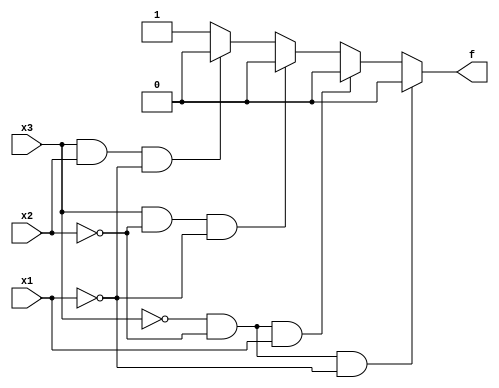
module top_module( 
    input x3,
    input x2,
    input x1,  // three inputs
    output f   // one output
);

    always @(*) begin
        if (~x3 & ~x2 & ~x1) f = 1'b0;
        else if (~x3 & ~x2 & x1) f = 1'b0;
        else if (x3 & ~x2 & ~x1) f = 1'b0;
        else if (x3 & x2 & ~x1) f = 1'b0;
        else f = 1'b1;
    end

endmodule